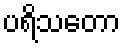
ပရိသတော